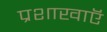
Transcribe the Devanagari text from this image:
प्रशाखाऍं